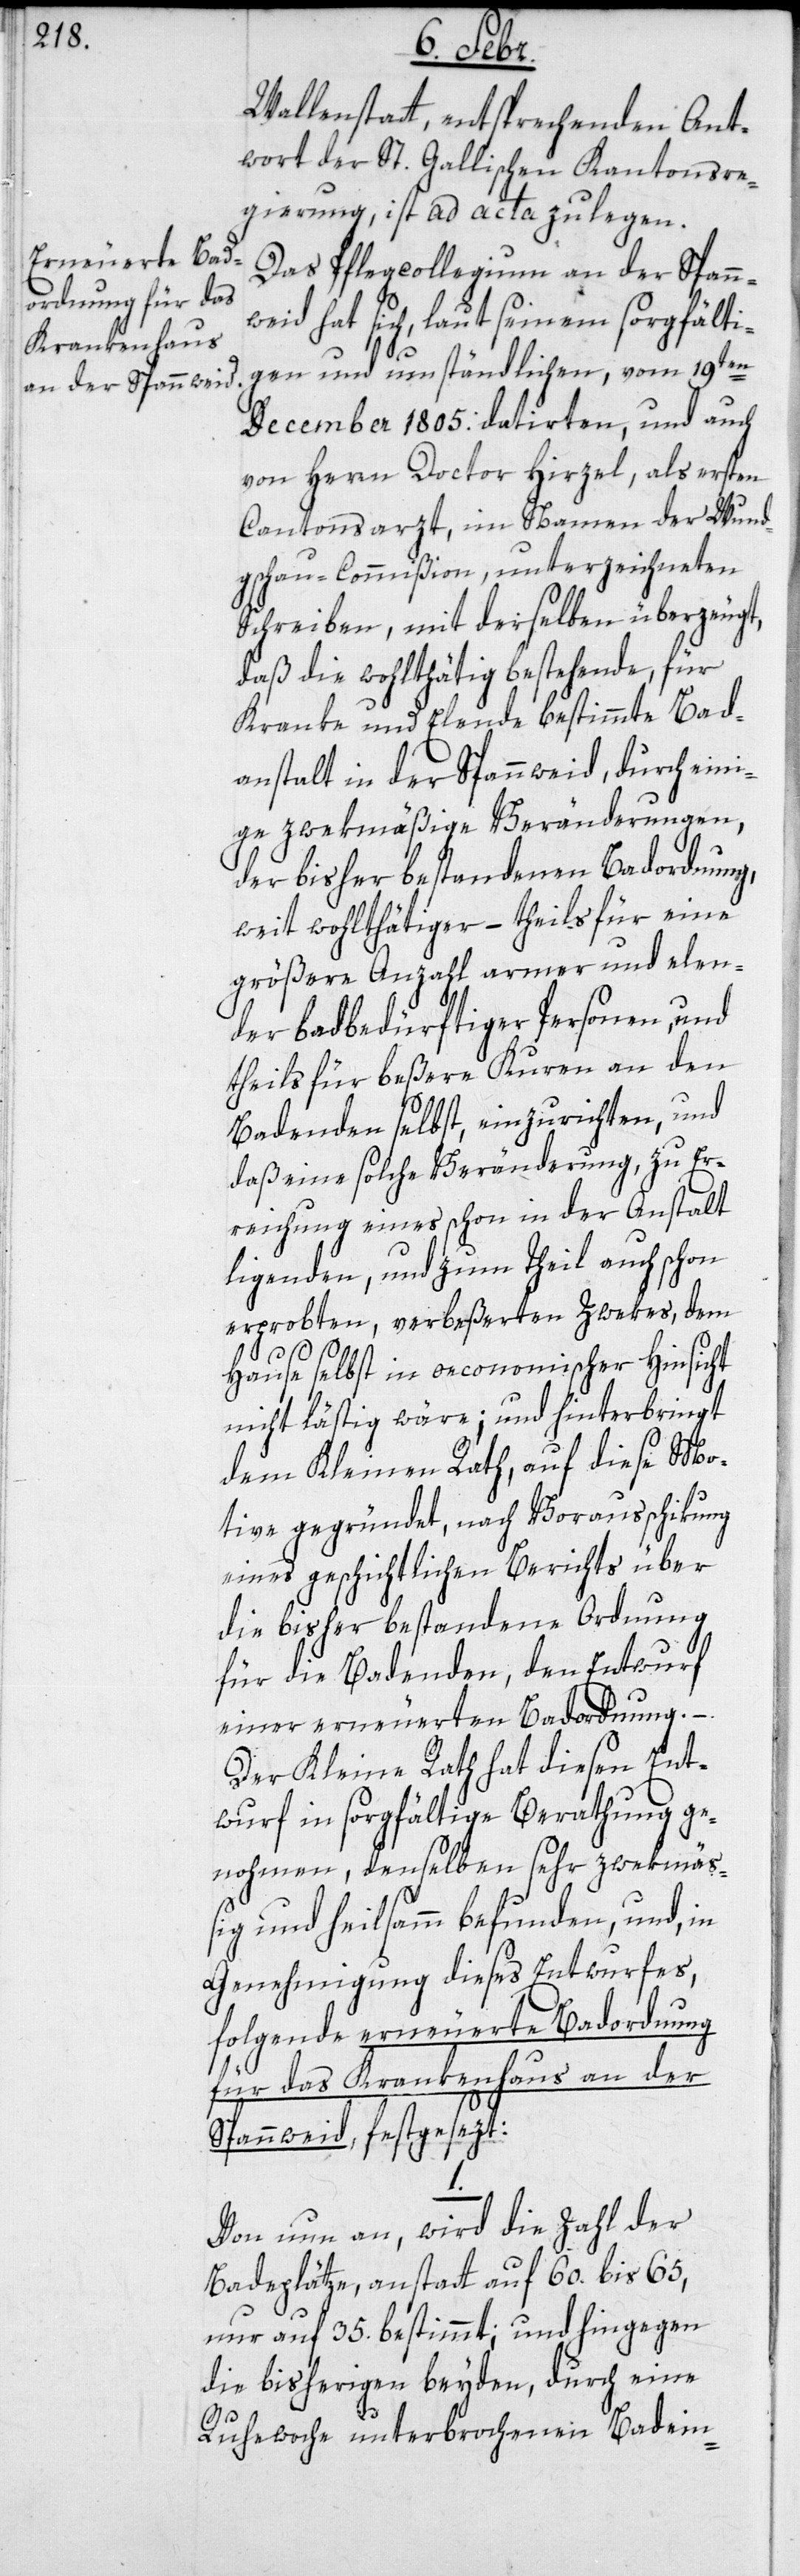
Wallenstatt, entsprechenden Ant¬
wort der St. Gallischen Kantonsre¬
gierung, ist ad acta zu legen.
Das Pflegcollegium an der Spann¬
weid hat sich, laut seinem sorgfälti¬
gen und umständlichen, vom 19ten
December 1805: datierten, und auch
von Herrn Doctor Hirzel, als ersten
Cantonsarzt, im Namen der Wund¬
gschau-Commißion, unterzeichneten
Schreiben, mit derselben überzeugt,
daß die wohlthätig bestehende, für
Kranke und Elende bestimmte Bad¬
anstalt in der Spannweid, durch eini¬
ge zwekmäßige Veränderungen,
der bisher bestandenen Badordnung,
weit wohlthätiger, – theils für eine
größere Anzahl armer und elen¬
der badbedürftiger Personen, und
theils für beßere Kuren an den
Badenden selbst, einzurichten, und
daß eine solche Veränderung, zu Er¬
reichung eines schon in der Anstalt
ligenden, und zum Theil auch schon
erprobten, verbeßerten Zwekes, dem
Hause selbst in oeconomischer Hinsicht
nicht lästig wäre; und hinterbringt
dem Kleinen Rath, auf diese Mo¬
tive gegründet, nach Vorausschikung
eines geschichtlichen Berichts über
die bisher bestandene Ordnung
für die Badenden, den Entwurf
einer erneuerten Badordnung. –
Der Kleine Rath hat diesen Ent¬
wurf in sorgfältige Berathung ge¬
nohmen, denselben sehr zwekmä¬
ßig und heilsamm befunden, und in
Genehmigung dieses Entwurfes,
folgende erneuerte Badordnung
für das Krankenhaus an der
Spannweid festgesezt:
Von nun an, wird die Zahl der
Badeplätze anstatt auf 60. bis 65,
nur auf 35. bestimmt; und hingegen
die bisherigen beyden, durch eine
1.
Ruhewoche unterbrochenen Badein-